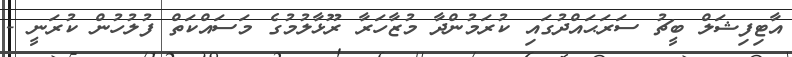
އާޓިފިޝަލް ބީޗު ސަރަޙައްދުގައި ކުރަމުންދާ މުޒާހަރާ ރޫޅާލުމުގެ މަސައްކަތް ފުލުހުން ކުރަނީ -